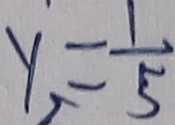
y _ { 2 } = \frac { 1 } { 5 }